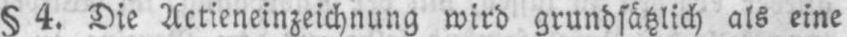
§ 4. Die Actieneinzeichnung wird grundsätzlich als eine